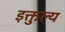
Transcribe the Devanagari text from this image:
इक्तुल्य